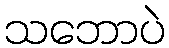
သဘောပဲ